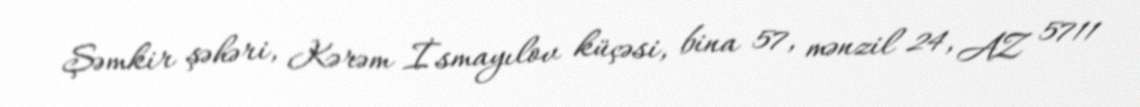
Şəmkir şəhəri, Kərəm İsmayılov küçəsi, bina 57, mənzil 24, AZ 5711